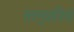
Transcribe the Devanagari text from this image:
तदनुयायियों